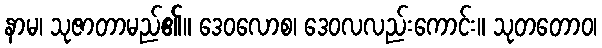
နာမ၊ သုဇာတာမည်၏။ ဒေဝလောစ၊ ဒေဝလလည်းကောင်း။ သုတတောဝ၊